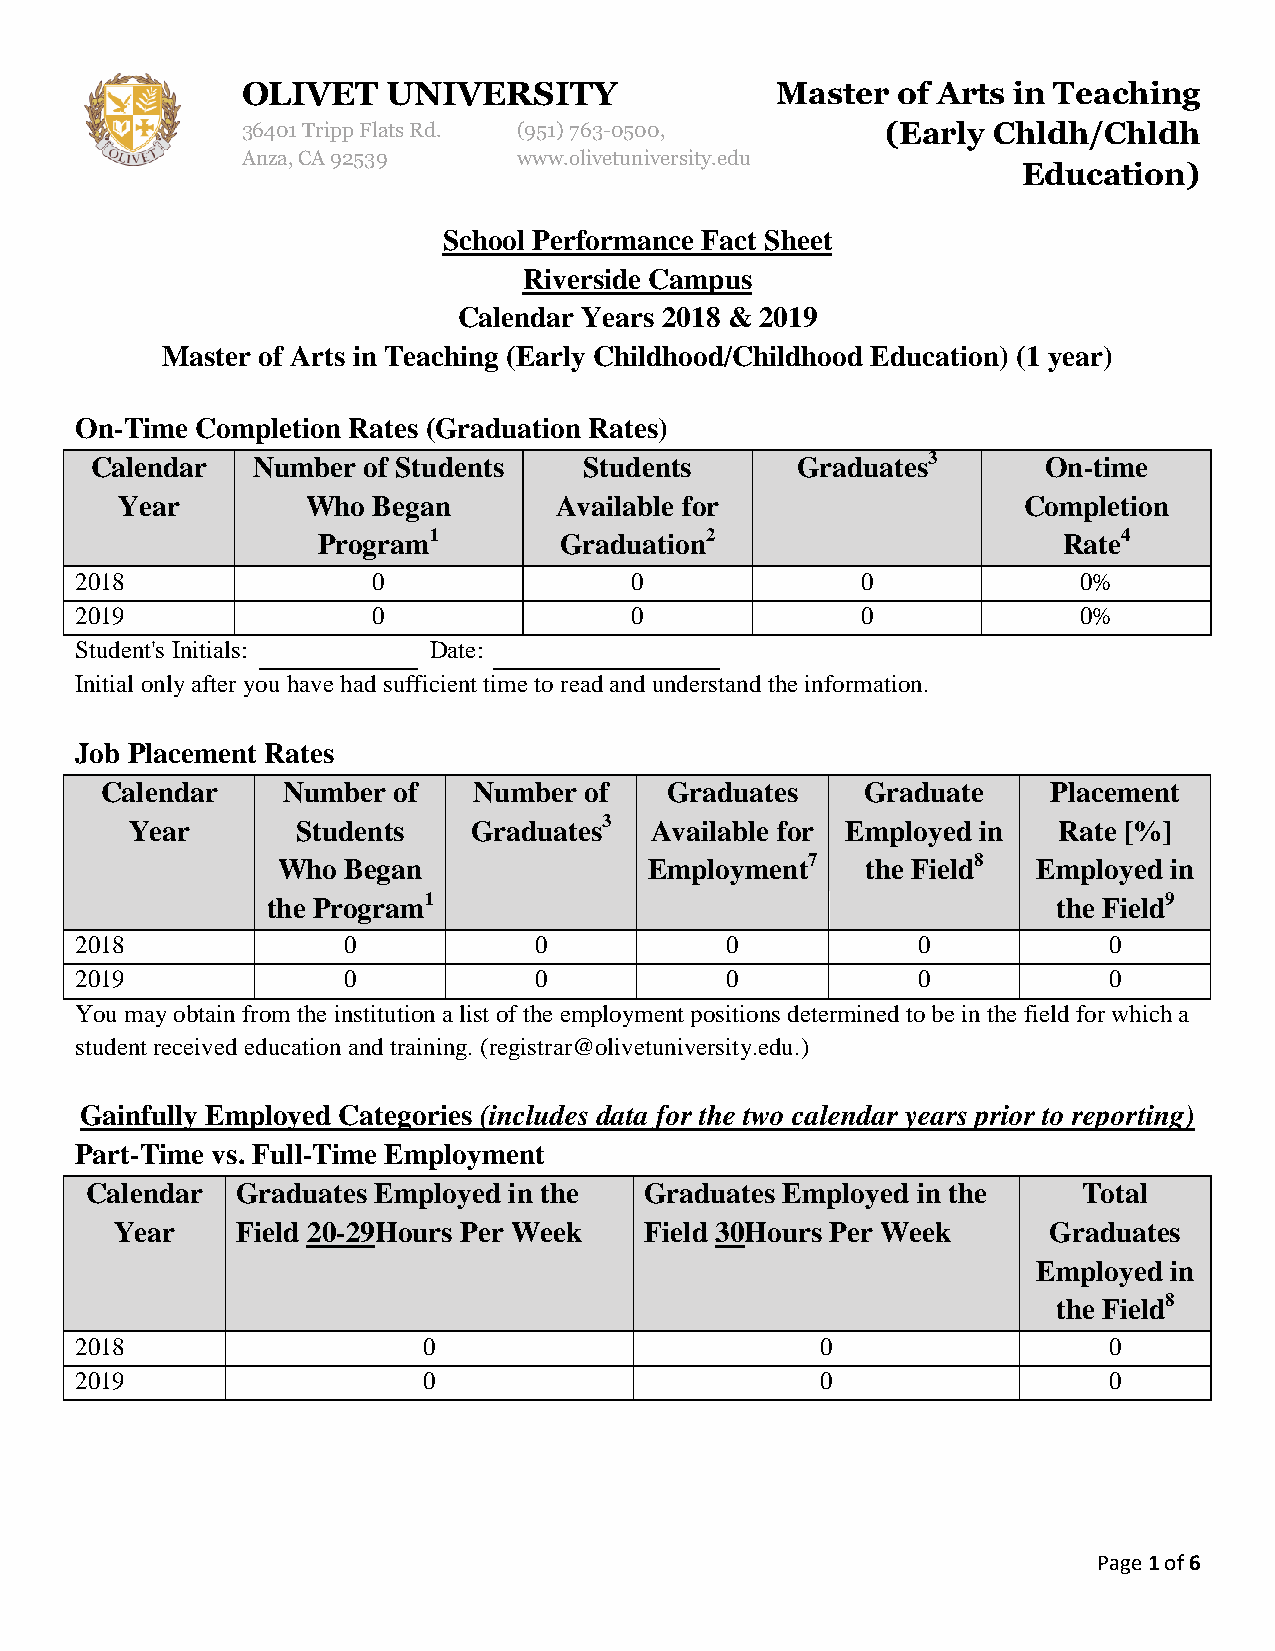
OLIVET    UNIVERSITY               Master  of Arts in Teaching
 36401 Tripp Flats Rd. (951) 763-0500,      (Early Chldh/Chldh
 Anza, CA 92539    www.olivetuniversity.edu
 Education)
 School Performance Fact Sheet
 Riverside Campus
 Calendar Years 2018 & 2019
 Master of Arts in Teaching (Early Childhood/Childhood Education) (1 year)
 On-Time Completion Rates (Graduation Rates)
 Calendar   Number of Students    Students      Graduates3      On-time
 Year        Who  Began       Available for                  Completion
 Program1        Graduation2                      Rate4
 2018                0                0              0              0%
 2019                0                0              0              0%
 Student's Initials:    Date:
 Initial only after you have had sufficient time to read and understand the information.
 Job Placement Rates
 Calendar    Number of   Number  of   Graduates    Graduate     Placement
 Year       Students   Graduates3  Available for Employed in  Rate [%]
 Who  Began               Employment7   the Field8  Employed in
 the Program1                                        the Field9
 2018              0           0            0            0           0
 2019              0           0            0            0           0
 You may obtain from the institution a list of the employment positions determined to be in the field for which a
 student received education and training. (registrar@olivetuniversity.edu.)
 Gainfully Employed Categories (includes data for the two calendar years prior to reporting)
 Part-Time vs. Full-Time Employment
 Calendar  Graduates Employed in the  Graduates Employed in the    Total
 Year    Field 20-29Hours Per Week  Field 30Hours Per Week    Graduates
 Employed in
 the Field8
 2018                   0                         0                  0
 2019                   0                         0                  0
 Page 1 of 6